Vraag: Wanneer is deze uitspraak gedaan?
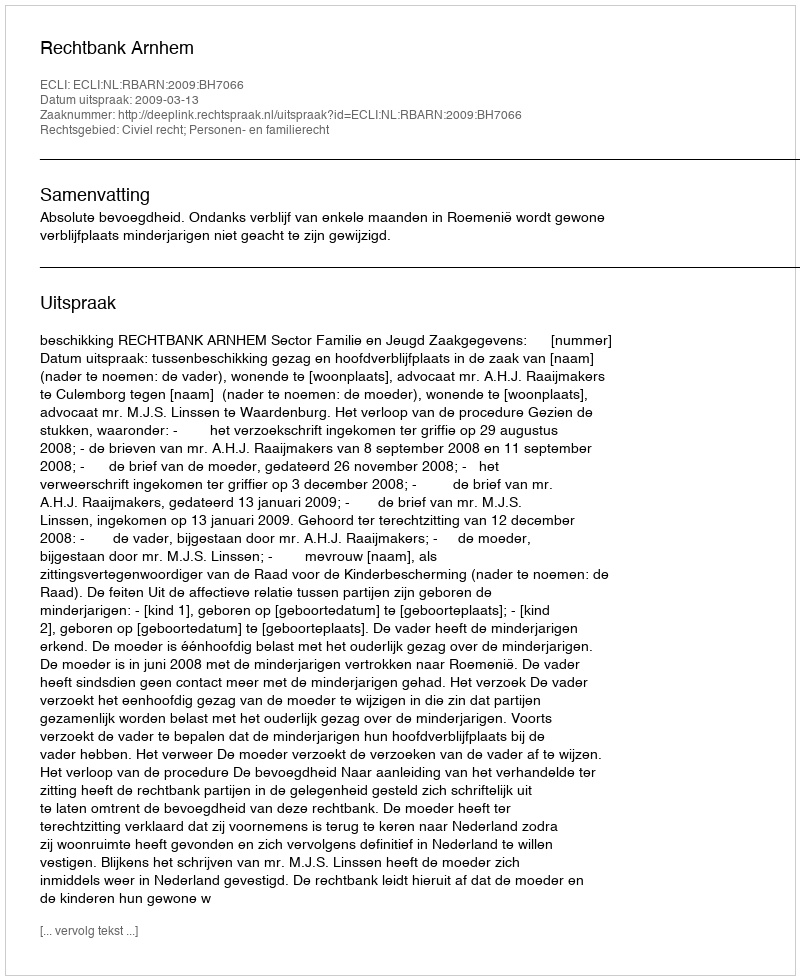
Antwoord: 2009-03-13